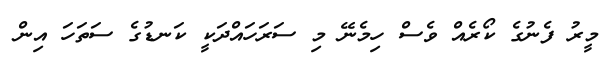
މީރު ފެނުގެ ކޯރެއް ވެސް ހިމެނޭ މި ސަރަހައްދަކީ ކަނޑުގެ ސަތަހަ އިން